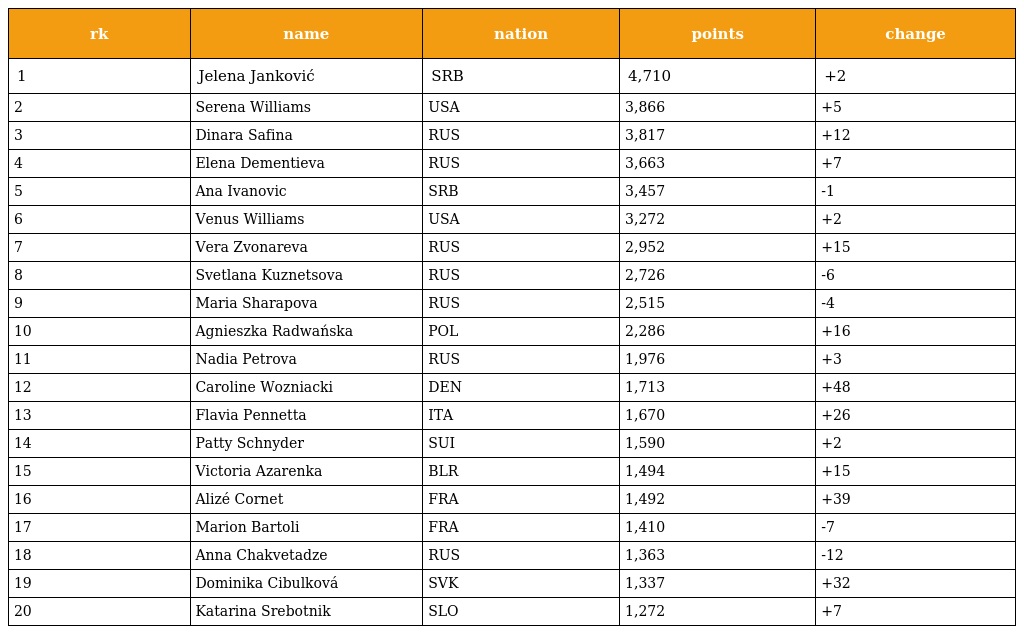
| rk | name | nation | points | change |
 | --- | --- | --- | --- | --- |
 | 1 | Jelena Janković | SRB | 4,710 | +2 |
 | 2 | Serena Williams | USA | 3,866 | +5 |
 | 3 | Dinara Safina | RUS | 3,817 | +12 |
 | 4 | Elena Dementieva | RUS | 3,663 | +7 |
 | 5 | Ana Ivanovic | SRB | 3,457 | -1 |
 | 6 | Venus Williams | USA | 3,272 | +2 |
 | 7 | Vera Zvonareva | RUS | 2,952 | +15 |
 | 8 | Svetlana Kuznetsova | RUS | 2,726 | -6 |
 | 9 | Maria Sharapova | RUS | 2,515 | -4 |
 | 10 | Agnieszka Radwańska | POL | 2,286 | +16 |
 | 11 | Nadia Petrova | RUS | 1,976 | +3 |
 | 12 | Caroline Wozniacki | DEN | 1,713 | +48 |
 | 13 | Flavia Pennetta | ITA | 1,670 | +26 |
 | 14 | Patty Schnyder | SUI | 1,590 | +2 |
 | 15 | Victoria Azarenka | BLR | 1,494 | +15 |
 | 16 | Alizé Cornet | FRA | 1,492 | +39 |
 | 17 | Marion Bartoli | FRA | 1,410 | -7 |
 | 18 | Anna Chakvetadze | RUS | 1,363 | -12 |
 | 19 | Dominika Cibulková | SVK | 1,337 | +32 |
 | 20 | Katarina Srebotnik | SLO | 1,272 | +7 |